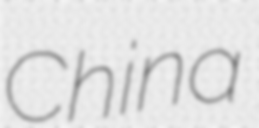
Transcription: China